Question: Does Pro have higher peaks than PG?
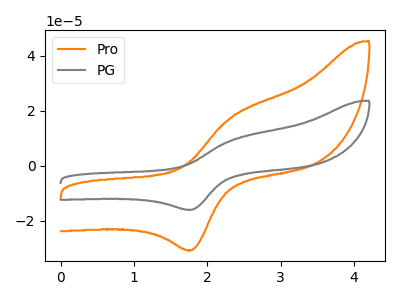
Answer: <think>The orange curve "Pro" has an anodic peak at (2.35V, 17.70uA) and a cathodic peak at (1.80V, -30.70uA). The gray curve "PG" has an anodic peak at (2.35V, 9.25uA) and a cathodic peak at (1.80V, -16.00uA).</think>
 <answer>Every peak in "Pro" is higher than every peak in "PG".</answer>
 <eval>higher</eval>